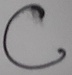
Text: C